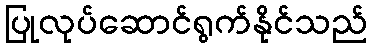
ပြုလုပ်ဆောင်ရွက်နိုင်သည်